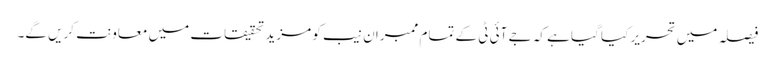
فیصلہ میں تحریر کیا گیا ہے کہ جے آئی ٹی کے تمام ممبران نیب کو مزید تحقیقات میں معاونت کریں گے۔